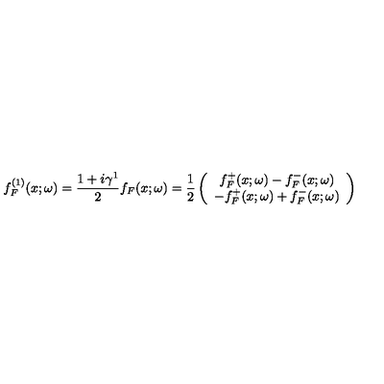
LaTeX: f _ { F } ^ { ( 1 ) } ( x ; \omega ) = \frac { 1 + i \gamma ^ { 1 } } { 2 } f _ { F } ( x ; \omega ) = \frac { 1 } { 2 } \left( \begin{array} { c } { f _ { F } ^ { + } ( x ; \omega ) - f _ { F } ^ { - } ( x ; \omega ) } \\ { - f _ { F } ^ { + } ( x ; \omega ) + f _ { F } ^ { - } ( x ; \omega ) } \\ \end{array} \right)